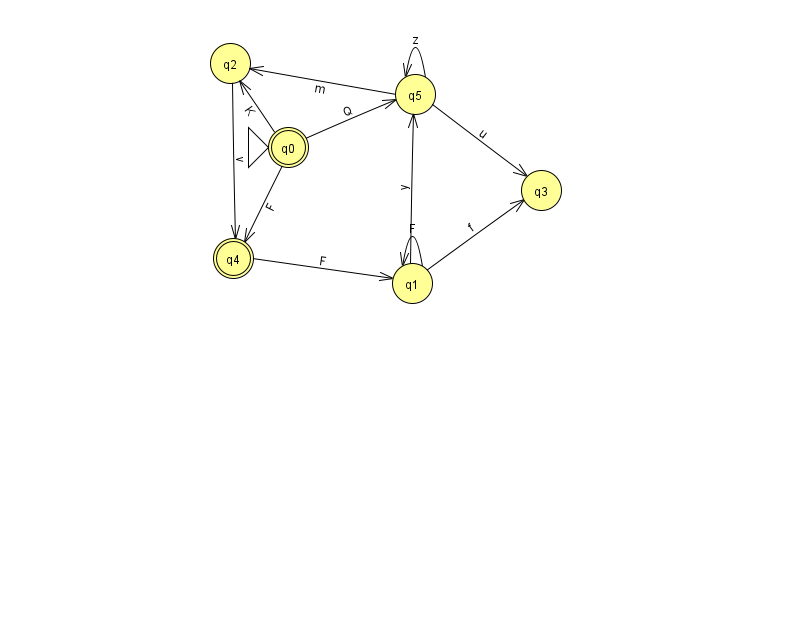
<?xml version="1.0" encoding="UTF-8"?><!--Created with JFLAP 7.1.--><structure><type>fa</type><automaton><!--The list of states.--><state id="0" name="q0"><x>288.0</x><y>134.0</y><initial/><final/></state><state id="1" name="q1"><x>412.0</x><y>270.0</y></state><state id="2" name="q2"><x>230.0</x><y>50.0</y></state><state id="3" name="q3"><x>541.0</x><y>177.0</y></state><state id="4" name="q4"><x>233.0</x><y>245.0</y><final/></state><state id="5" name="q5"><x>415.0</x><y>81.0</y></state><!--The list of transitions.--><transition><from>0</from><to>5</to><read>Q</read></transition><transition><from>1</from><to>3</to><read>f</read></transition><transition><from>5</from><to>2</to><read>m</read></transition><transition><from>0</from><to>4</to><read>F</read></transition><transition><from>1</from><to>1</to><read>F</read></transition><transition><from>0</from><to>2</to><read>K</read></transition><transition><from>1</from><to>5</to><read>y</read></transition><transition><from>5</from><to>5</to><read>z</read></transition><transition><from>5</from><to>3</to><read>u</read></transition><transition><from>4</from><to>1</to><read>F</read></transition><transition><from>2</from><to>4</to><read>v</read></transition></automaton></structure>